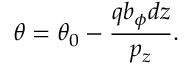
\theta = \theta _ { 0 } - \frac { q b _ { \phi } d z } { p _ { z } } .